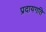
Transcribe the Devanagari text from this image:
प्रदायगति